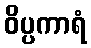
ဝိပ္ပကာရံ